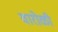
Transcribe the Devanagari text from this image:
वारोळी